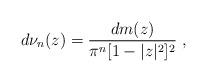
LaTeX: \begin{align*} d\nu_n(z)=\frac{dm(z)}{\pi^n [1-|z|^2]^2}\ ,\end{align*}